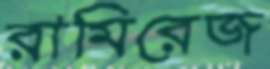
রামিরেজ